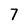
Character: 7